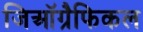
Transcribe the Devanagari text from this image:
जिऑग्रैफिकल